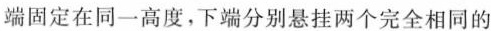
端固定在同一高度，下端分别悬挂两个完全相同的